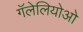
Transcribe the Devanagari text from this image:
गॅलेलियोओ